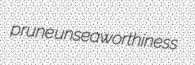
prune unseaworthiness